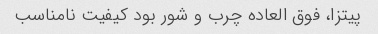
پیتزا، فوق العاده چرب و شور بود کیفیت نامناسب